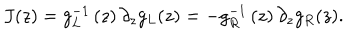
J ( z ) = g _ { L } ^ { - 1 } \left( z \right) \partial _ { z } g _ { L } ( z ) = - g _ { R } ^ { - 1 } \left( z \right) \partial _ { z } g _ { R } ( z ) .